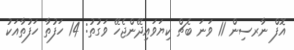
އޮފް ނާރސިން 11 ވަނަ ބެޗް ކިޔަވައިދޭންޖެހޭ ވަގުތު: 14 ހަފުތާ ހަފުތާއަކު